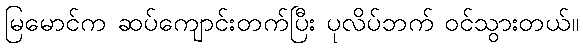
မြမောင်က ဆပ်ကျောင်းတက်ပြီး ပုလိပ်ဘက် ဝင်သွားတယ်။